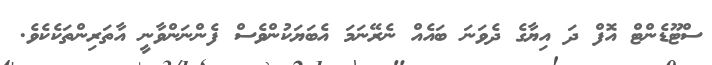
ސްޓޫޑެންޓް އޮފް ދަ އިޔާގެ ދެވަނަ ބައެއް ނެރޭނަމަ އެބަޔަކުންވެސް ފެންނަންވާނީ އާތަރިންތަކެކެވެ.